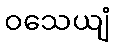
ဝသေယျံ